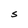
Character: S